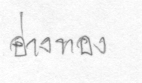
อ่างทอง